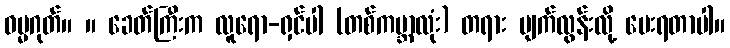
ဓမ္မဂုတ်။ ။ ခေတ်ကြီးက လူရော-ရှင်ပါ (တစ်ကမ္ဘာလုံး) တရား ပျက်လွန်းလို့ မေးရတာပါ။